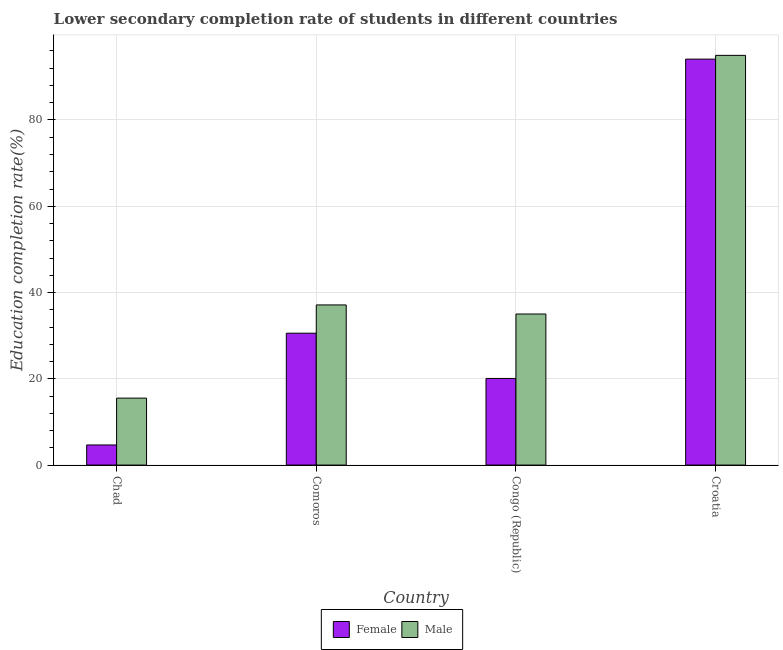
| Country | Female | Male |
 | --- | --- | --- |
 | Chad | 4.66 | 15.5 |
 | Comoros | 30.6 | 37.1 |
 | Congo (Republic) | 20.1 | 35 |
 | Croatia | 94.1 | 95 |